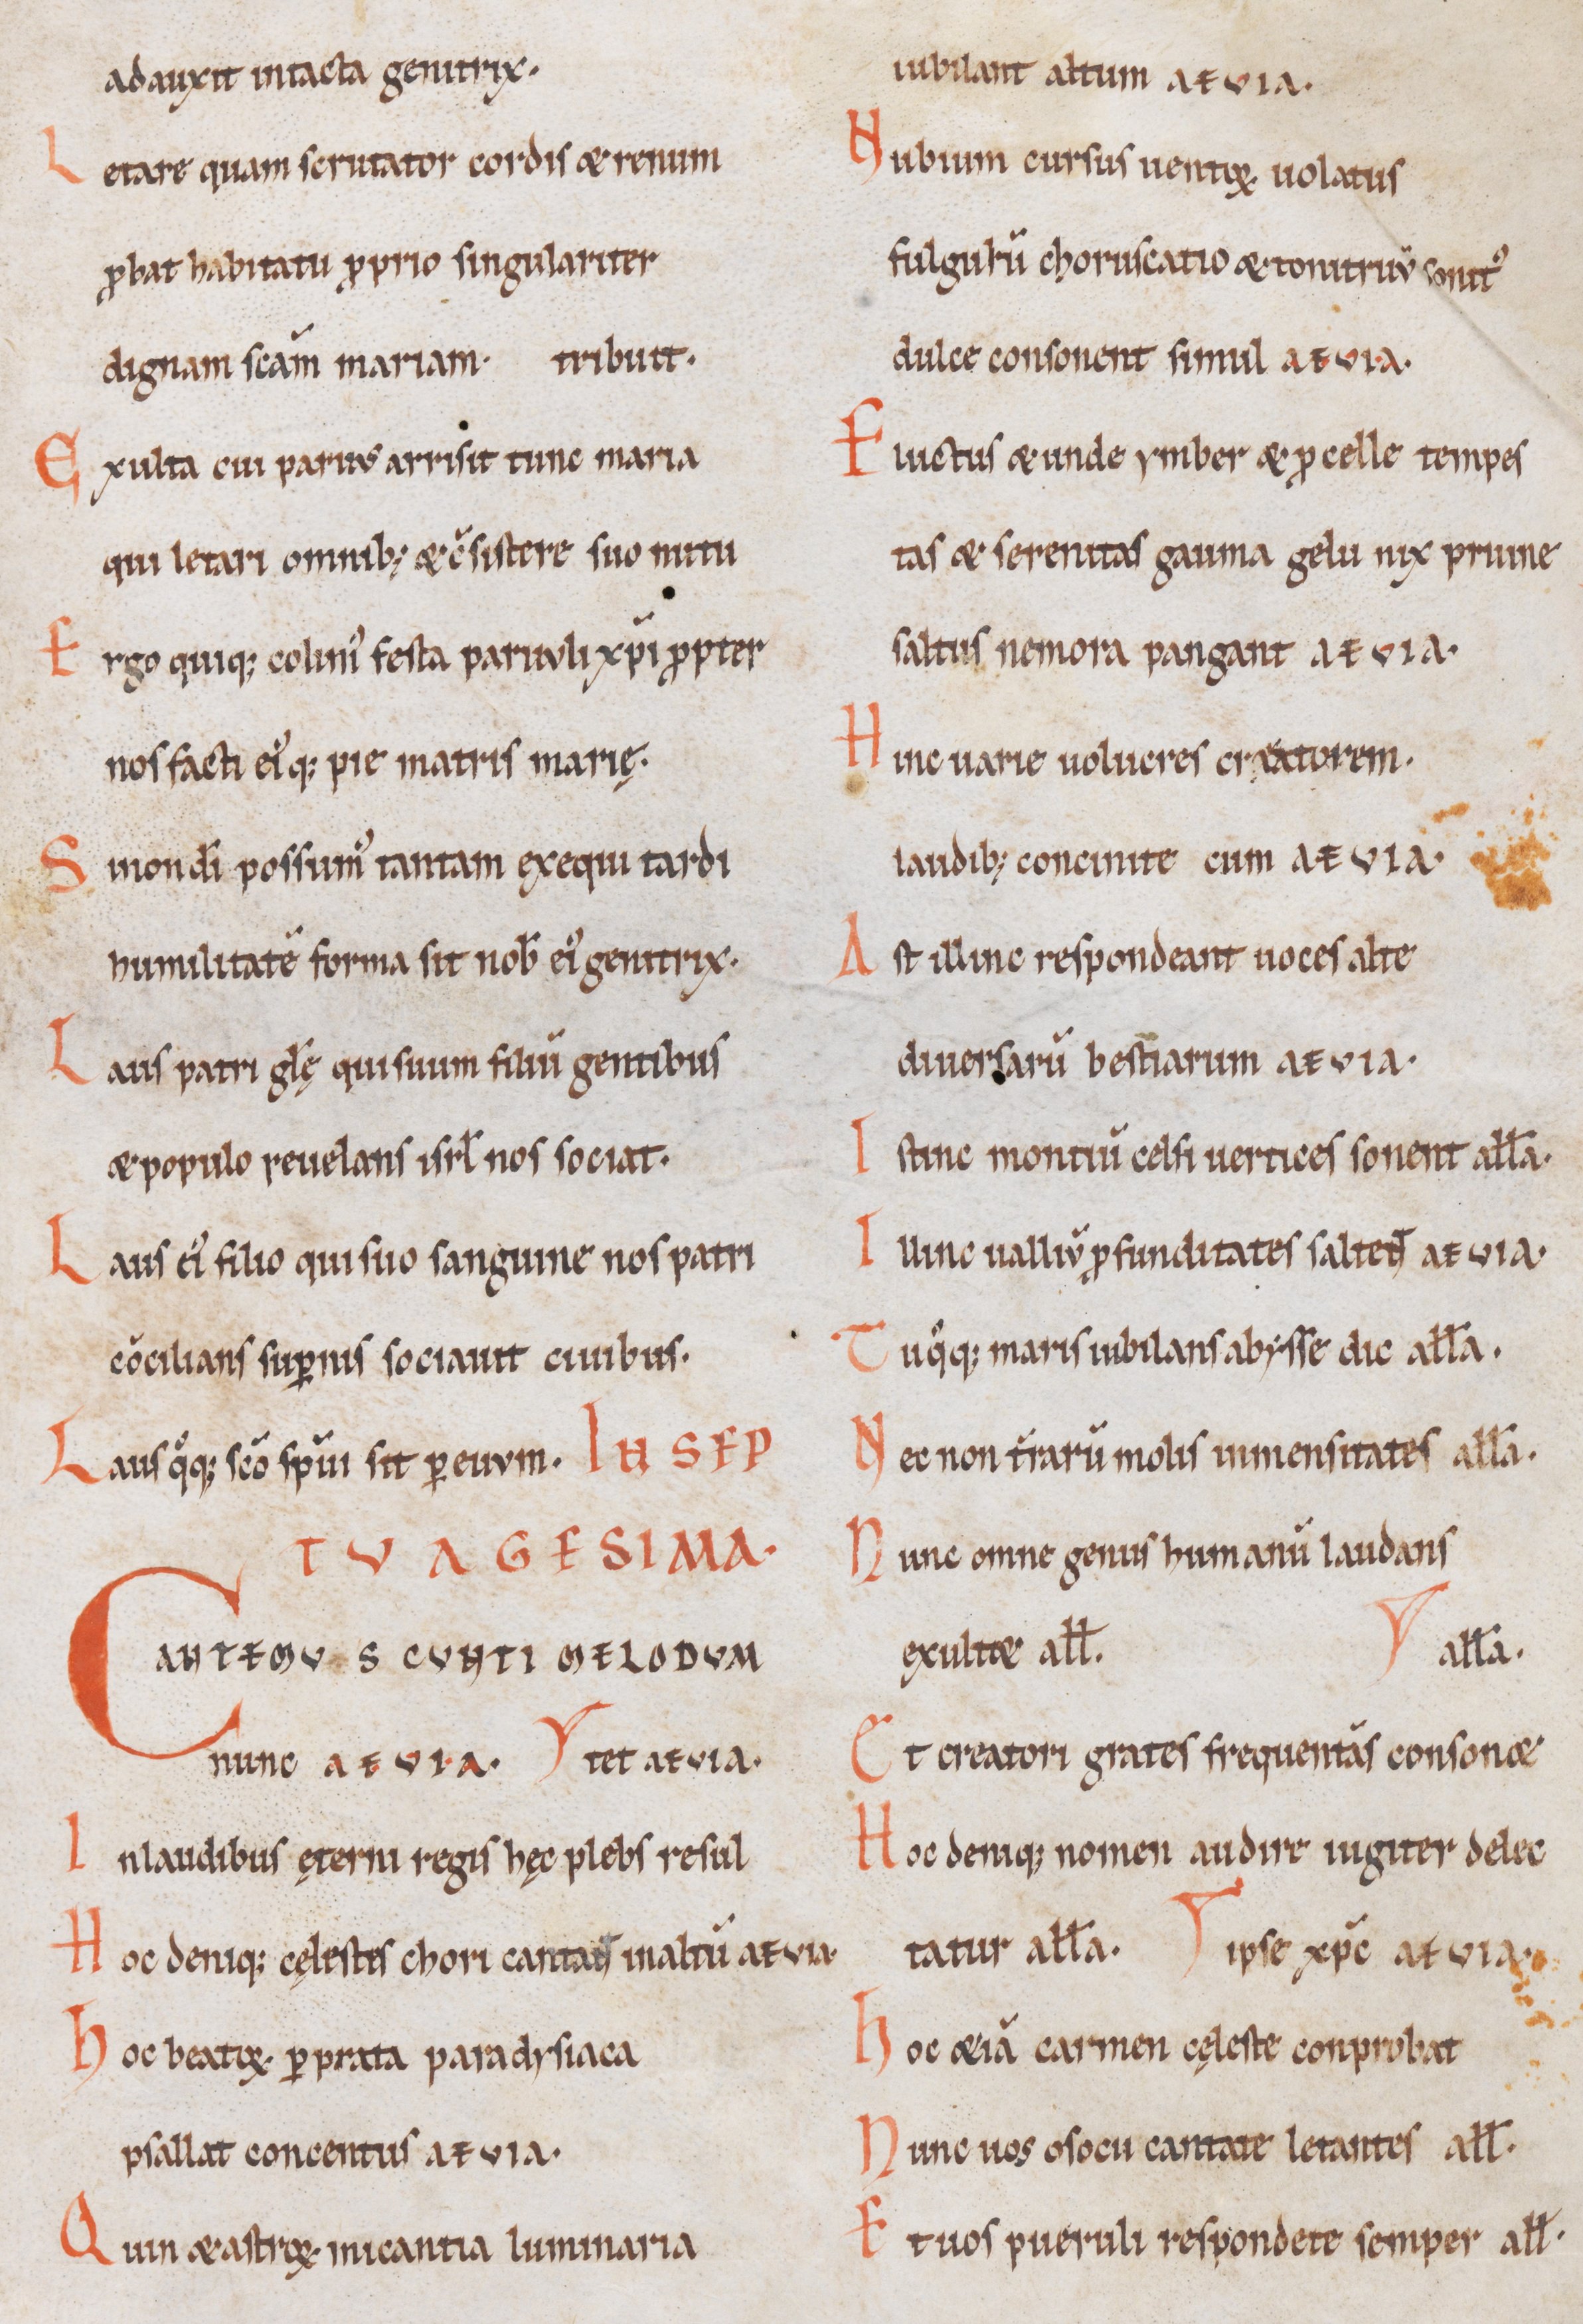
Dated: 1100–1199